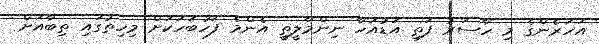
އަހަރެންގެ މި ހާސަރު ފަތި އަޑުއަހާ ނިންމާލީތީ އެންމެ ފަހުބަހަކަށް މިހިތުގައި ތިބާއަށް